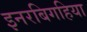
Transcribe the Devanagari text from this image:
इनरबिगहिया